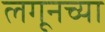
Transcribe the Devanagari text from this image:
लगूनच्या